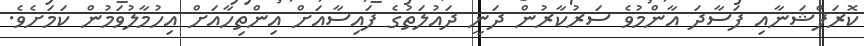
ކޮރަޕްޝަނާއި ފަސާދަ އާންމުވެ ސަރުކާރުން ދަނީ ދައުލަތުގެ ފައިސާއަށް އިންތިހާއަށް އިހުމާލުވަމުން ކަމަށެވެ.